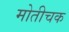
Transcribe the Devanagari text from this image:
मोतीचक